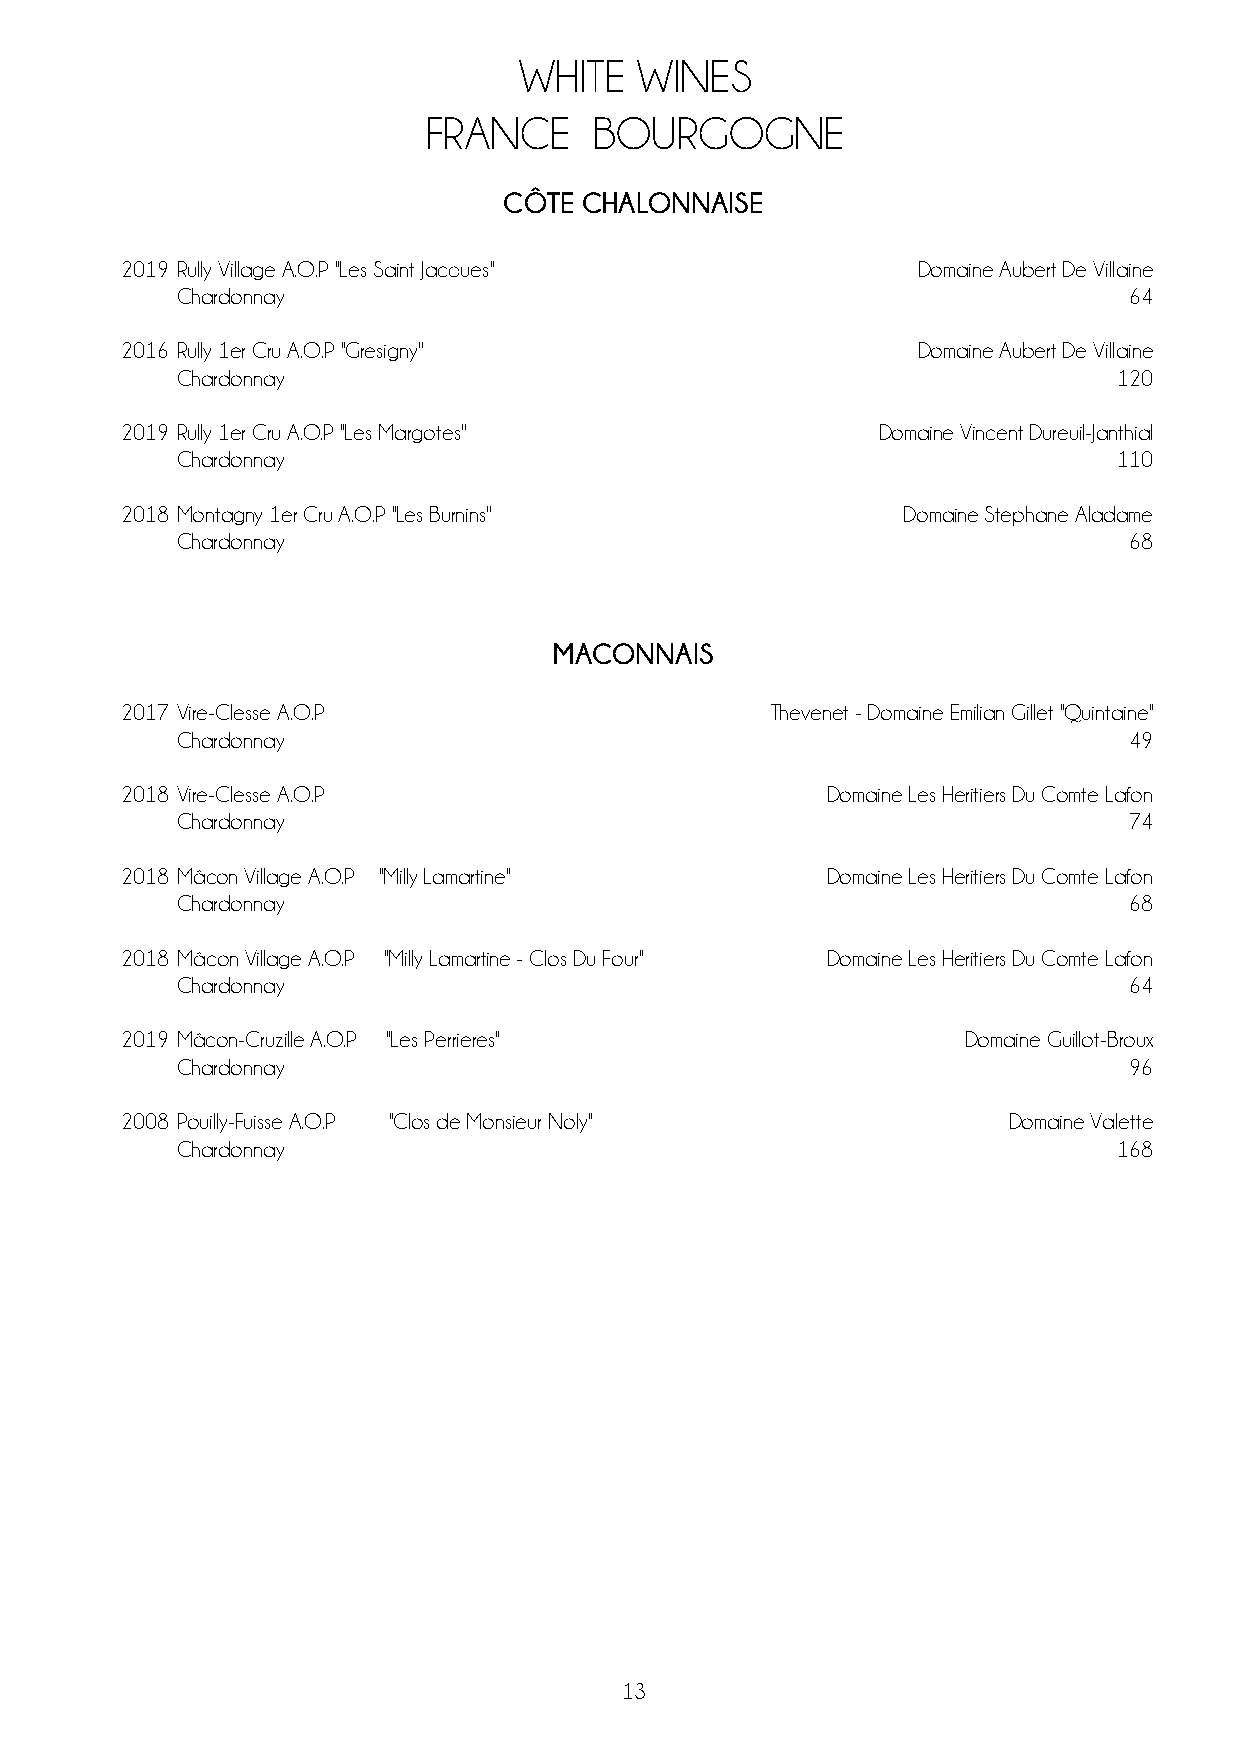
WHITE   WINES
 FRANCE     BOURGOGNE
 CÔTE CHALONNAISE
 2019 Rully Village A.O.P ''Les Saint Jacques''       Domaine Aubert De Villaine
 Chardonnay                                                     64
 2016 Rully 1er Cru A.O.P ''Gresigny''                Domaine Aubert De Villaine
 Chardonnay                                                    120
 2019 Rully 1er Cru A.O.P ''Les Margotes''         Domaine Vincent Dureuil-Janthial
 Chardonnay                                                    110
 2018 Montagny 1er Cru A.O.P ''Les Burnins''         Domaine Stephane Aladame
 Chardonnay                                                     68
 MACONNAIS
 2017 Vire-Clesse A.O.P                     Thevenet - Domaine Emilian Gillet ''Quintaine''
 Chardonnay                                                     49
 2018 Vire-Clesse A.O.P                         Domaine Les Heritiers Du Comte Lafon
 Chardonnay                                                     74
 2018 Mâcon Village A.O.P ''Milly Lamartine''   Domaine Les Heritiers Du Comte Lafon
 Chardonnay                                                     68
 2018 Mâcon Village A.O.P ''Milly Lamartine - Clos Du Four'' Domaine Les Heritiers Du Comte Lafon
 Chardonnay                                                     64
 2019 Mâcon-Cruzille A.O.P ''Les Perrieres''             Domaine Guillot-Broux
 Chardonnay                                                     96
 2008 Pouilly-Fuisse A.O.P ''Clos de Monsieur Noly''        Domaine Valette
 Chardonnay                                                    168
 13